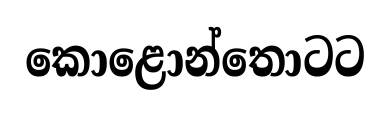
කොළොන්තොටට